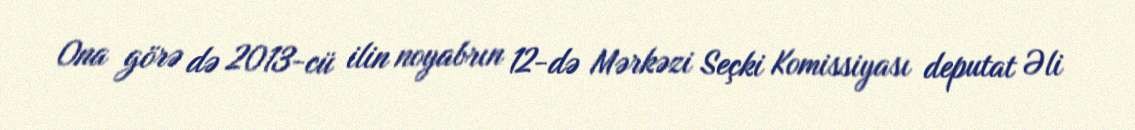
Ona görə də 2013-cü ilin noyabrın 12-də Mərkəzi Seçki Komissiyası deputat Əli